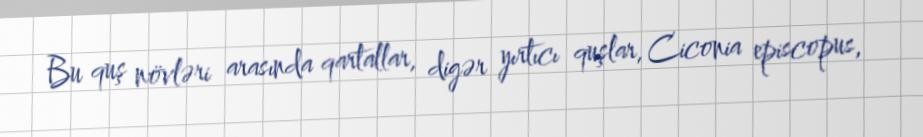
Bu quş növləri arasında qartallar, digər yırtıcı quşlar, Ciconia episcopus,